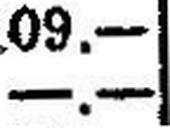
—.—